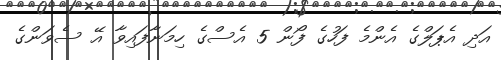
އަދި އެޕަލްގެ އެންމެ ފަހުގެ ފޯން 5 އެސްގެ ހިމަނާފައިވާ އޭ ސެވަންގެ